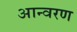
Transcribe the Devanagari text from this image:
आन्वरण